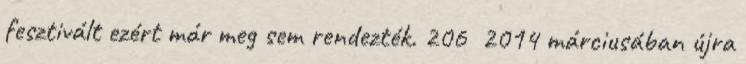
fesztivált ezért már meg sem rendezték. 206 2014 márciusában újra